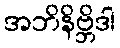
အဘိနိဗ္ဘိဒါ